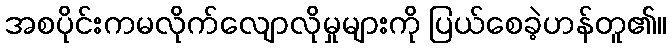
အစပိုင်းကမလိုက်လျောလိုမှုများကို ပြယ်စေခဲ့ဟန်တူ၏။